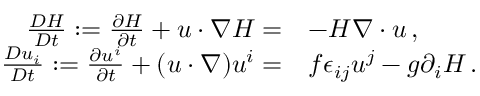
\begin{array} { r l } { \frac { D { \cal H } } { D t } : = \frac { \partial { \cal H } } { \partial t } + u \cdot \nabla { \cal H } = } & { - { \cal H } \nabla \cdot u \, , } \\ { \frac { D u _ { i } } { D t } : = \frac { \partial u ^ { i } } { \partial t } + ( u \cdot \nabla ) u ^ { i } = } & { f \epsilon _ { i j } u ^ { j } - g \partial _ { i } { \cal H } \, . } \end{array}